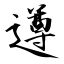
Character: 遵